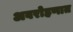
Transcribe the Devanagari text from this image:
अवरोहणात